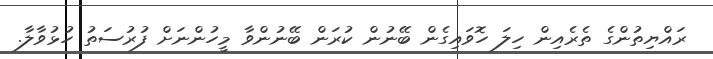
ރައްޔިތުންގެ ތެރެއިން ހިލަ ހޮވައިގެން ބޭނުން ކުރަން ބޭނުންވާ މީހުންނަށް ފުރުސަތު ހުޅުވާލާ.